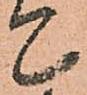
て